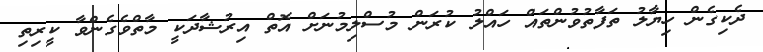
ދެކިގެން ހިޔާލު ތަފާތުވުންތައް ހައްލު ކުރަން މުސްލިމުނަށް އޮތް އިރުޝާދަކީ މާތްވެގެންވާ ކީރިތި